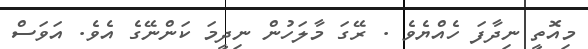
މިއޮތީ ނިދާފަ ހެއްޔެވެ . ރޭގަ މާލަހުން ނިދީމަ ކަންނޭގެ އެވެ. އަވަސް